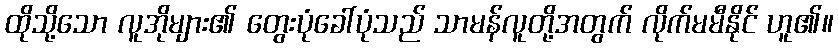
ထိုသို့သော လူအိုများ၏ တွေးပုံခေါ်ပုံသည် သာမန်လူတို့အတွက် လိုက်မမီနိုင် ဟူ၏။